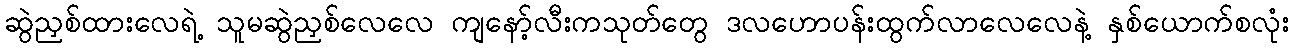
ဆွဲညှစ်ထားလေရဲ့ သူမဆွဲညှစ်လေလေ ကျနော့်လီးကသုတ်တွေ ဒလဟောပန်းထွက်လာလေလေနဲ့ နှစ်ယောက်စလုံး